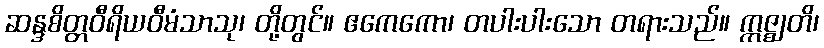
ဆန္ဒစိတ္တဝီရိယဝီမံသာသု၊ တို့တွင်။ ဧကေကော၊ တပါးပါးသော တရားသည်။ ဣဇ္ဈတိ၊